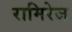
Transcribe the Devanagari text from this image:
रामिरेज